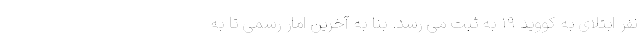
نفر ابتلای به کووید ۱۹ به ثبت می رسد. بنا به آخرین امار رسمی تا به